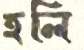
হলি